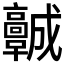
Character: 𩫨